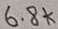
Text: 6.8k